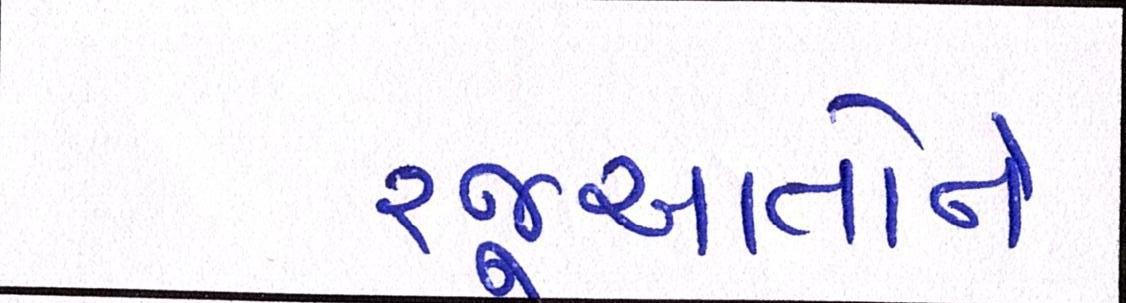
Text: રજૂઆતોને